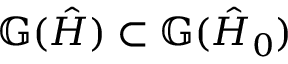
\mathbb { G } ( \hat { H } ) \subset \mathbb { G } ( \hat { H } _ { 0 } )